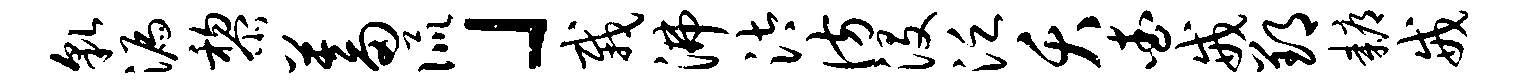
貌漏黎蓄侃」栽沸汰彷没泛夭查戒郢耨戒